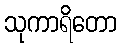
သုကာရိတော